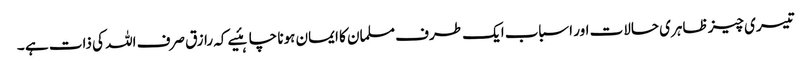
تیسری چیز ظاہری حالات اور اسباب ایک طرف مسلمان کا ایمان ہونا چاہئیے کہ رازق صرف اللہ کی ذات ہے ۔